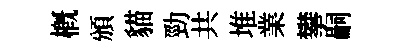
槪頒貓勁共堆業攀嗣